Indian journal of veterinary science and animal husbandry - Volume 5,
Year: 1935
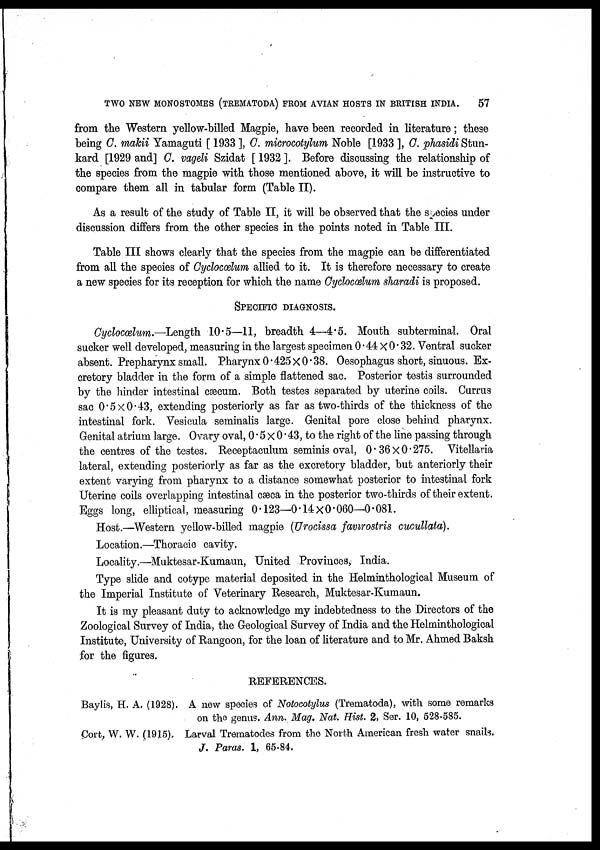
TWO NEW MONOSTOMES (TREMATODA) FROM AVIAN HOSTS IN BRITISH INDIA.
57
from the Western yellow-billed Magpie, have been recorded in literature; these
being C. makii Yamaguti [ 1933 ], C. microcotylum Noble [1933 ], C. phasidi Stun-
kard [1929 and] C. vageli Szidat [ 1932 ]. Before discussing the relationship of
the species from the magpie with those mentioned above, it will be instructive to
compare them all in tabular form (Table II).
As a result of the study of Table II, it will be observed that the species under
discussion differs from the other species in the points noted in Table III.
Table III shows clearly that the species from the magpie can be differentiated
from all the species of Cyclocælum allied to it. It is therefore necessary to create
a new species for its reception for which the name Cyclocælum sharadi is proposed.
SPECIFIC DIAGNOSIS.
Cyclocælum.—Length 10.5—11, breadth 4—4.5. Mouth subterminal. Oral
sucker well developed, measuring in the largest specimen 0.44 × 0.32. Ventral sucker
absent. Prepharynx small. Pharynx 0.425 × 0.38. Oesophagus short, sinuous. Ex-
cretory bladder in the form of a simple flattened sac. Posterior testis surrounded
by the hinder intestinal cæcum. Both testes separated by uterine coils. Currus
sac 0.5 × 0.43, extending posteriorly as far as two-thirds of the thickness of the
intestinal fork. Vesicula seminalis large. Genital pore close behind pharynx.
Genital atrium large. Ovary oval, 0.5 × 0.43, to the right of the line passing through
the centres of the testes. Receptaculum seminis oval, 0.36 × 0.275. Vitellaria
lateral, extending posteriorly as far as the excretory bladder, but anteriorly their
extent varying from pharynx to a distance somewhat posterior to intestinal fork
Uterine coils overlapping intestinal cæca in the posterior two-thirds of their extent.
Eggs long, elliptical, measuring 0.123—0.14 × 0.060—0.081.
Host.—Western yellow-billed magpie (Urocissa favirostris cucullata).
Location.—Thoracic cavity.
Locality.—Muktesar-Kumaun, United Provinces, India.
Type slide and cotype material deposited in the Helminthological Museum of
the Imperial Institute of Veterinary Research, Muktesar-Kumaun.
It is my pleasant duty to acknowledge my indebtedness to the Directors of the
Zoological Survey of India, the Geological Survey of India and the Helminthological
Institute, University of Rangoon, for the loan of literature and to Mr. Ahmed Baksh
for the figures.
REFERENCES.
Baylis, H. A. (1928). A new species of Notocotylus (Trematoda), with some remarks
on the genus. Ann. Mag. Nat. Hist. 2, Ser. 10, 528-585.
Cort, W. W. (1915). Larval Trematodes from the North American fresh water snails.
J. Paras. 1, 65-84.